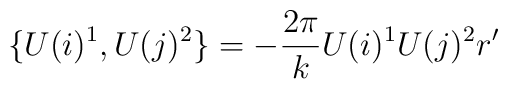
\{U(i)^{1}, U(j)^{2}\}=-\frac{2\pi}{k} U(i)^{1} U(j)^{2}r'